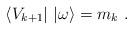
\begin{align*}\langle V_{k+1}|\ |\omega\rangle=m_k\ . \end{align*}